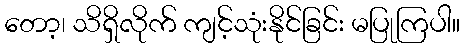
တော့၊ သိရှိလိုက် ကျင့်သုံးနိုင်ခြင်း မပြုကြပါ။